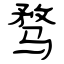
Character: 骛